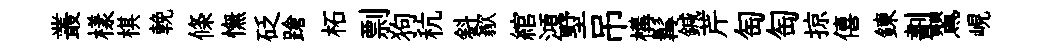
叢樣棋輓條憮砭蹌柘剽狗秔斜歙綰澒墅吊構髯鍼芹匋匋掠僖鍊劃鸎峴